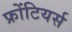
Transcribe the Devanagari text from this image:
फ्रोंटियर्स